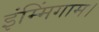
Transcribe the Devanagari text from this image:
इंम्मिंगाम।